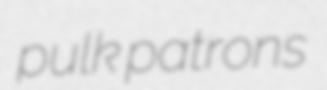
pulk patrons